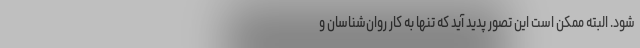
شود. البته ممکن است این تصور پدید آید که تنها به کار روان‌شناسان و